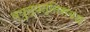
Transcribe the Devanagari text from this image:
व्युत्पत्तिसंबंध